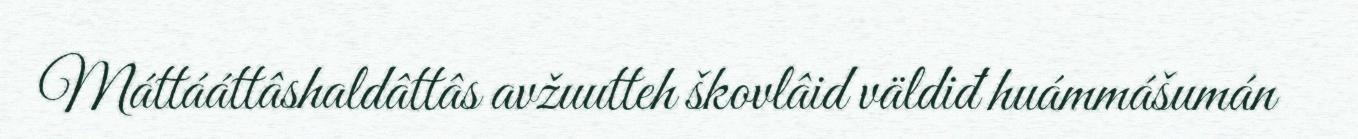
Máttááttâshaldâttâs avžuutteh škovlâid väldiđ huámmášumán